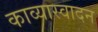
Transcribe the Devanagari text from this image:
काव्यास्वादन